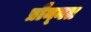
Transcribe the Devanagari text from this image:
प्रौन्‍नत